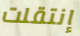
إنتقلت